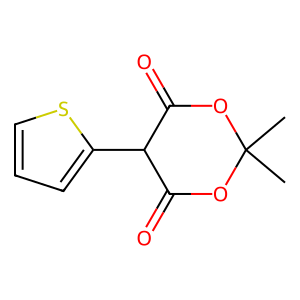
SMILES: CC1(C)OC(=O)C(c2cccs2)C(=O)O1
Inhibits HIV replication: No